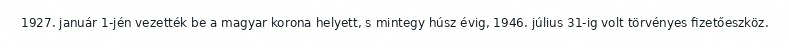
1927. január 1-jén vezették be a magyar korona helyett, s mintegy húsz évig, 1946. július 31-ig volt törvényes fizetőeszköz.